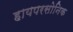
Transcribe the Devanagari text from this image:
हायपरसोनिक